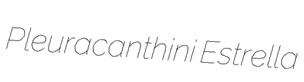
Pleuracanthini Estrella